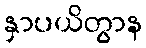
နှာပယိတွာန